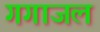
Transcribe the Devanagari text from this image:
गगाजल